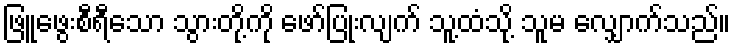
ဖြူဖွေးစီရီသော သွားတို့ကို ဖော်ပြုံးလျက် သူ့ထံသို့ သူမ လျှောက်သည်။